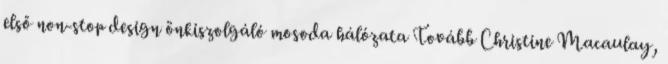
első non-stop design önkiszolgáló mosoda hálózata Tovább Christine Macaulay,